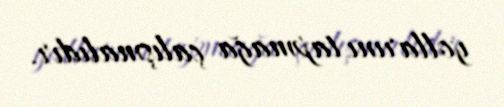
yollarını tapmağa çalışmalıdır.